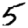
Digit: 5